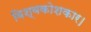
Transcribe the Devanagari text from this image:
विश्वकोशकार।